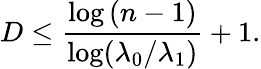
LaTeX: D\leq{\frac{\log{(n-1)}}{\log(\lambda_{0}/\lambda_{1})}}+1.